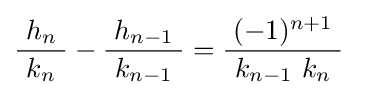
{\frac {h_{n}}{\ k_{n}\ }}-{\frac {h_{n-1}}{\ k_{n-1}\ }}={\frac {(-1)^{n+1}}{\ k_{n-1}\ k_{n}\ }}~